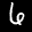
Label: 6